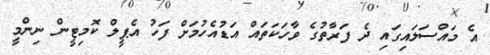
އެ މައްސަލައިގައި ދެ ފަރާތުގެ ވާހަކަތައް އަޑުއެހުމަށް ފަހު އެޕީލް ކޮމިޓީން ނިންމީ